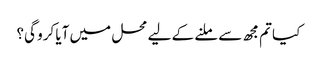
کیا تم مجھ سے ملنے کے لیے محل میں آیا کرو گی؟